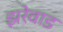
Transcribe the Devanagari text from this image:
झरेवाड